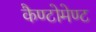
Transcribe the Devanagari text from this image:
कैण्‍टोमेण्‍ट